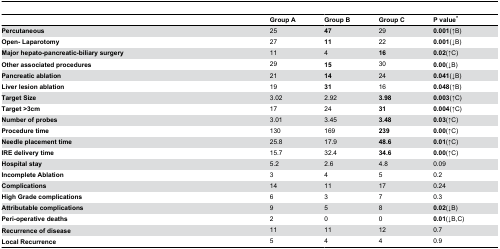
|  | Group A | Group B | Group C | P value* |
 | --- | --- | --- | --- | --- |
 | Percutaneous | 25 | 47 | 29 | 0.001(↑B) |
 | Open- Laparotomy | 27 | 11 | 22 | 0.001(↓B) |
 | Major hepato-pancreatic-biliary surgery | 11 | 4 | 16 | 0.02(↑C) |
 | Other associated procedures | 29 | 15 | 30 | 0.00(↓B) |
 | Pancreatic ablation | 21 | 14 | 24 | 0.041(↓B) |
 | Liver lesion ablation | 19 | 31 | 16 | 0.048(↑B) |
 | Target Size | 3.02 | 2.92 | 3.98 | 0.003(↑C) |
 | Target >3cm | 17 | 24 | 31 | 0.004(↑C) |
 | Number of probes | 3.01 | 3.45 | 3.48 | 0.03(↑C) |
 | Procedure time | 130 | 169 | 239 | 0.00(↑C) |
 | Needle placement time | 25.8 | 17.9 | 48.6 | 0.01(↑C) |
 | IRE delivery time | 15.7 | 32.4 | 34.6 | 0.00(↑C) |
 | Hospital stay | 5.2 | 2.6 | 4.8 | 0.09 |
 | Incomplete Ablation | 3 | 4 | 5 | 0.2 |
 | Complications | 14 | 11 | 17 | 0.24 |
 | High Grade complications | 6 | 3 | 7 | 0.3 |
 | Attributable complications | 9 | 5 | 8 | 0.02(↓B) |
 | Peri-operative deaths | 2 | 0 | 0 | 0.01(↓B,C) |
 | Recurrence of disease | 11 | 11 | 12 | 0.7 |
 | Local Recurrence | 5 | 4 | 4 | 0.9 |